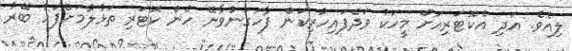
ލިއެވެ. އަދި އެކޮޓަރިއަށް މީހަކު ވަދެފައިހުރިކަން ފާހަގަނުވާނޭ ހެން ކޮޓަރި ތަޅުލުމަށްފަހު ބޭރު